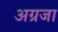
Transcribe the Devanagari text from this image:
अग्रजा